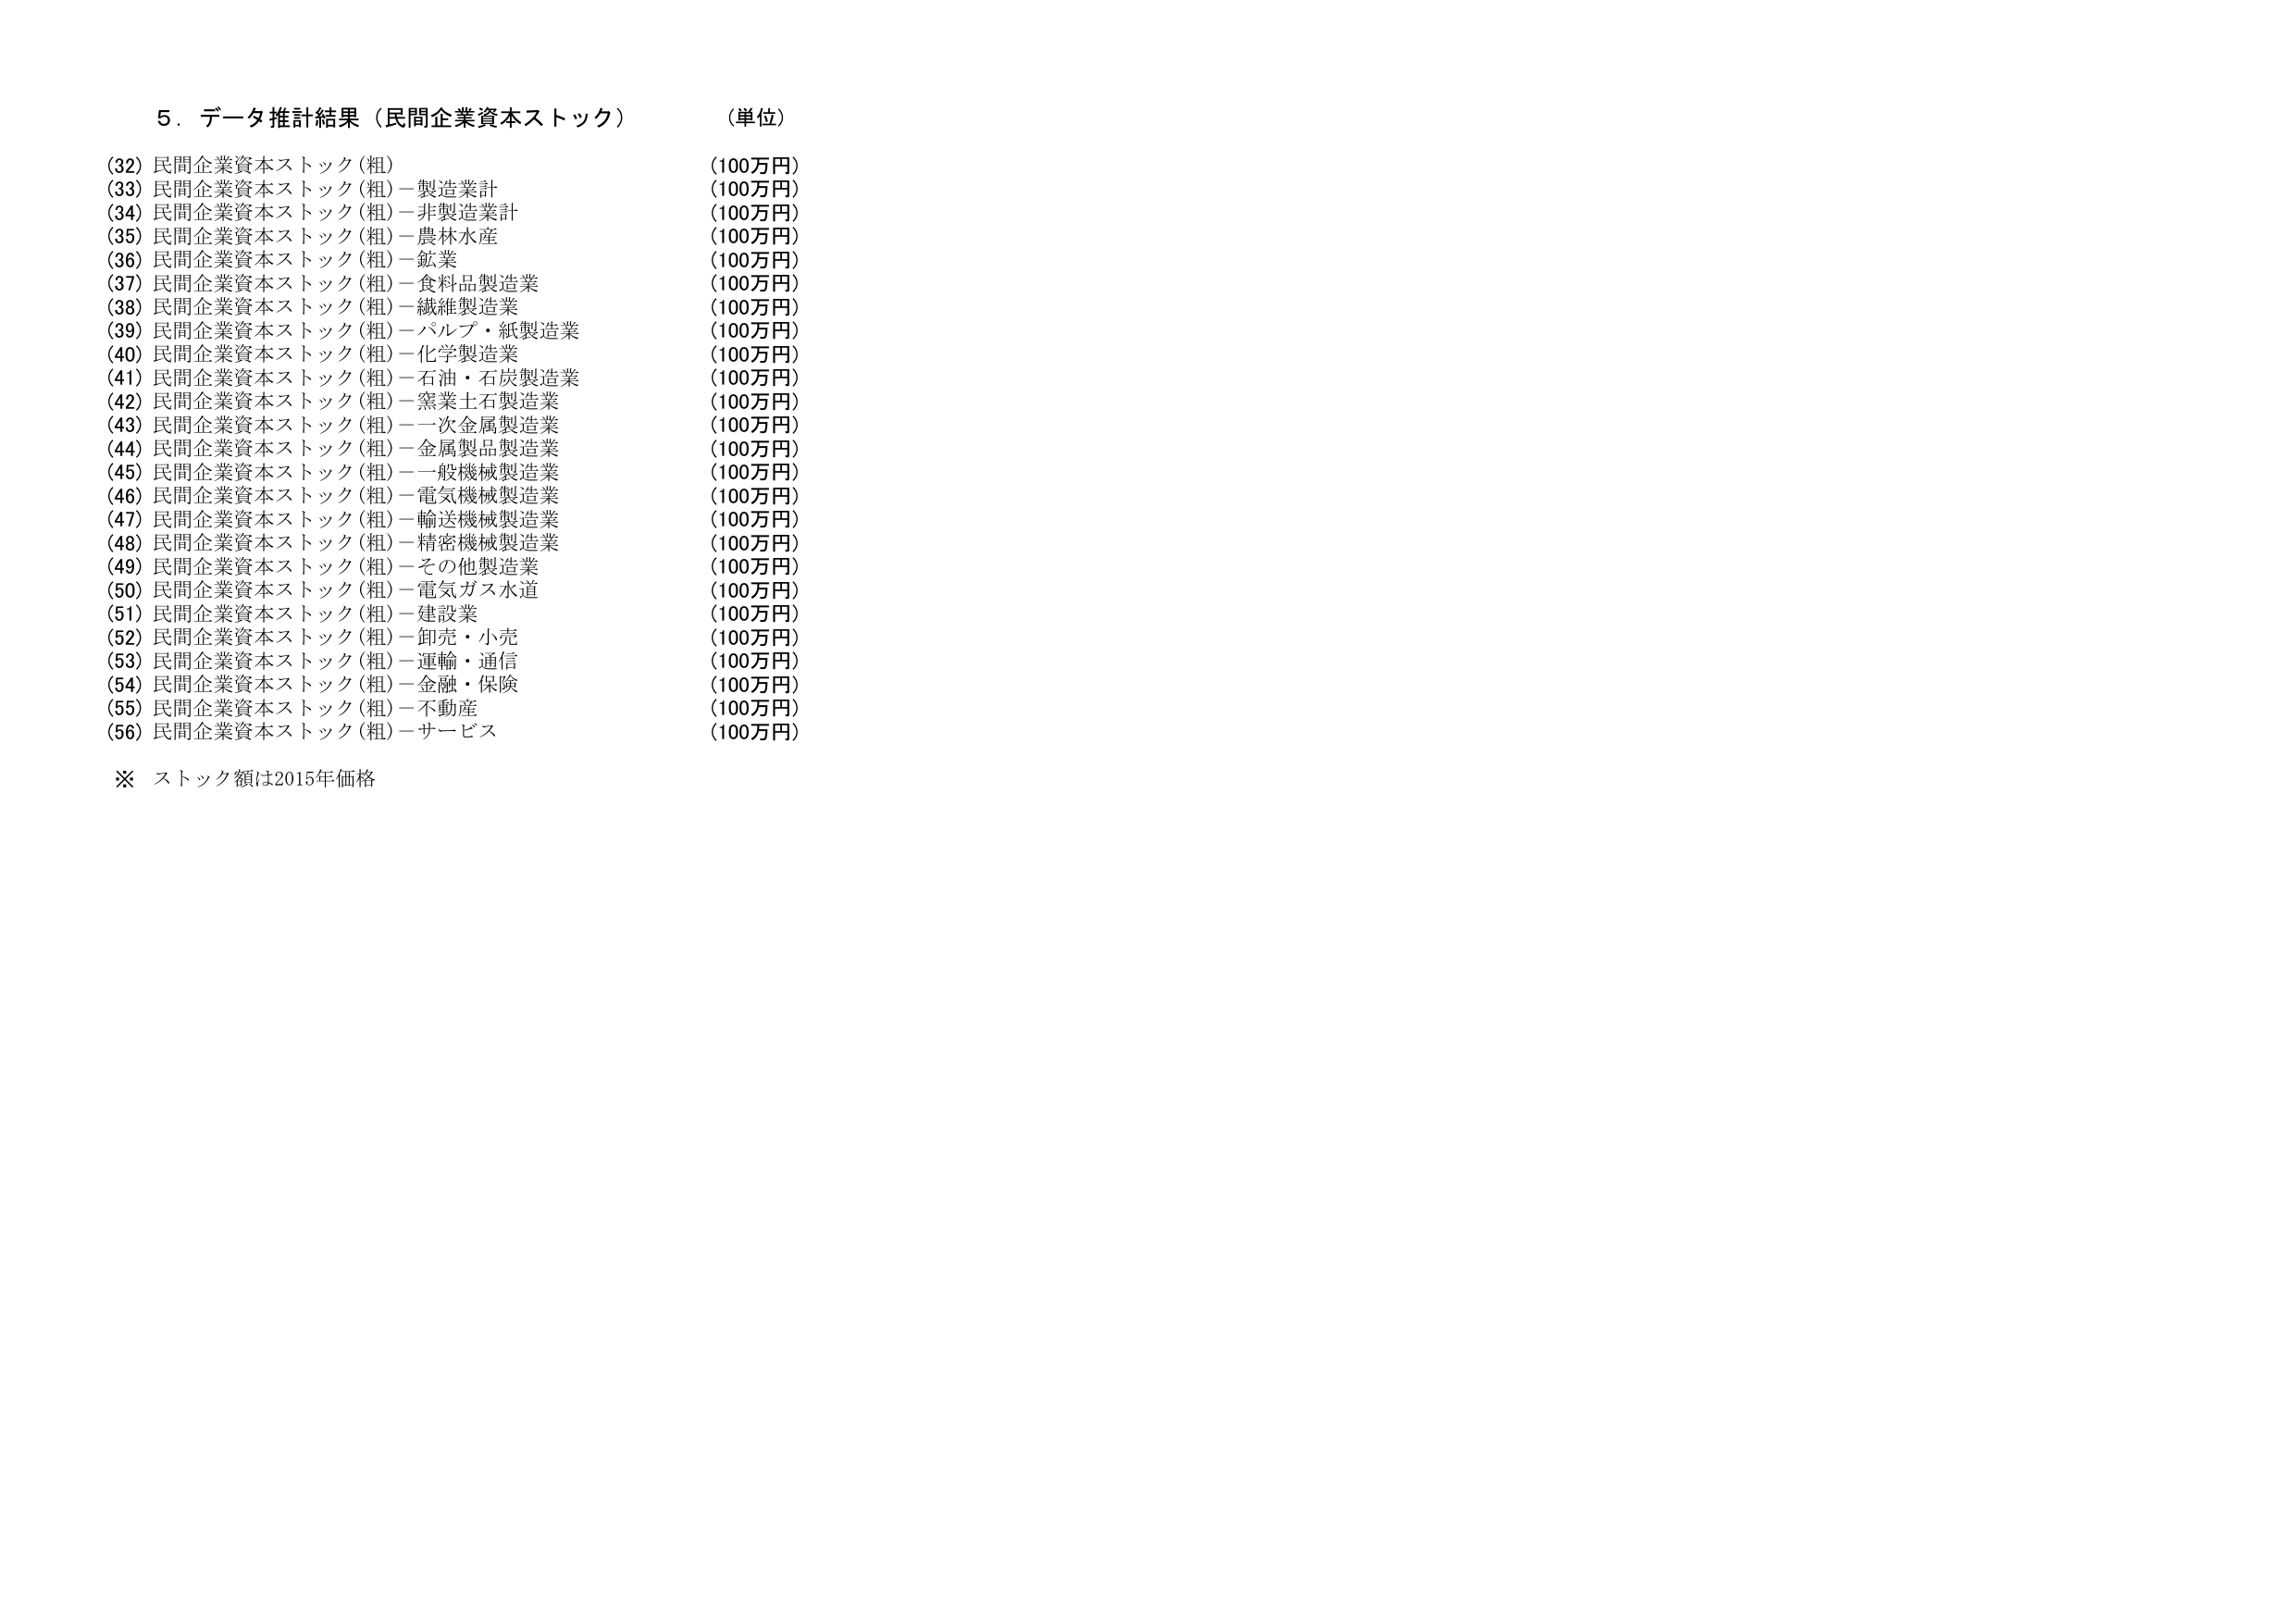
５．データ推計結果（民間企業資本ストック）　（単位）

(32) 民間企業資本ストック（粗）　　　　　　　　　　　（100万円）
(33) 民間企業資本ストック（粗）－製造業計　　　　　　（100万円）
(34) 民間企業資本ストック（粗）－非製造業計　　　　　（100万円）
(35) 民間企業資本ストック（粗）－農林水産　　　　　　（100万円）
(36) 民間企業資本ストック（粗）－鉱業　　　　　　　　（100万円）
(37) 民間企業資本ストック（粗）－食料品製造業　　　　（100万円）
(38) 民間企業資本ストック（粗）－繊維製造業　　　　（100万円）
(39) 民間企業資本ストック（粗）－パルプ・紙製造業　　（100万円）
(40) 民間企業資本ストック（粗）－化学製造業　　　　（100万円）
(41) 民間企業資本ストック（粗）－石油・石炭製造業　　（100万円）
(42) 民間企業資本ストック（粗）－窯業土石製造業　　（100万円）
(43) 民間企業資本ストック（粗）－一次金属製造業　　（100万円）
(44) 民間企業資本ストック（粗）－金属製品製造業　　（100万円）
(45) 民間企業資本ストック（粗）－一般機械製造業　　（100万円）
(46) 民間企業資本ストック（粗）－電気機械製造業　　（100万円）
(47) 民間企業資本ストック（粗）－輸送機械製造業　　（100万円）
(48) 民間企業資本ストック（粗）－精密機械製造業　　（100万円）
(49) 民間企業資本ストック（粗）－その他製造業　　　（100万円）
(50) 民間企業資本ストック（粗）－電気ガス水道　　　（100万円）
(51) 民間企業資本ストック（粗）－建設業　　　　　　（100万円）
(52) 民間企業資本ストック（粗）－卸売・小売　　　　（100万円）
(53) 民間企業資本ストック（粗）－運輸・通信　　　　（100万円）
(54) 民間企業資本ストック（粗）－金融・保険　　　　（100万円）
(55) 民間企業資本ストック（粗）－不動産　　　　　　（100万円）
(56) 民間企業資本ストック（粗）－サービス　　　　　（100万円）

※ ストック額は2015年価格